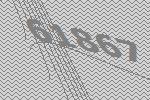
61867